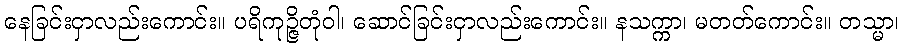
နေခြင်းငှာလည်းကောင်း။ ပရိကုဉ္ဇိတုံဝါ၊ ဆောင်ခြင်းငှာလည်းကောင်း။ နသက္ကာ၊ မတတ်ကောင်း။ တသ္မာ၊